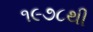
૧૯૭૮થી